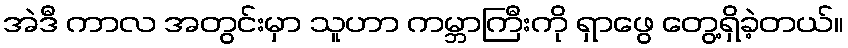
အဲဒီ ကာလ အတွင်းမှာ သူဟာ ကမ္ဘာကြီးကို ရှာဖွေ တွေ့ရှိခဲ့တယ်။